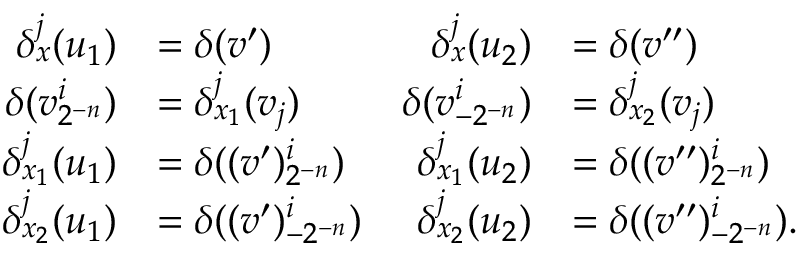
\begin{array} { r l r l } { \delta _ { x } ^ { j } ( u _ { 1 } ) } & { = \delta ( v ^ { \prime } ) } & { \delta _ { x } ^ { j } ( u _ { 2 } ) } & { = \delta ( v ^ { \prime \prime } ) } \\ { \delta ( v _ { 2 ^ { - n } } ^ { i } ) } & { = \delta _ { x _ { 1 } } ^ { j } ( v _ { j } ) } & { \delta ( v _ { - 2 ^ { - n } } ^ { i } ) } & { = \delta _ { x _ { 2 } } ^ { j } ( v _ { j } ) } \\ { \delta _ { x _ { 1 } } ^ { j } ( u _ { 1 } ) } & { = \delta ( ( v ^ { \prime } ) _ { 2 ^ { - n } } ^ { i } ) } & { \delta _ { x _ { 1 } } ^ { j } ( u _ { 2 } ) } & { = \delta ( ( v ^ { \prime \prime } ) _ { 2 ^ { - n } } ^ { i } ) } \\ { \delta _ { x _ { 2 } } ^ { j } ( u _ { 1 } ) } & { = \delta ( ( v ^ { \prime } ) _ { - 2 ^ { - n } } ^ { i } ) } & { \delta _ { x _ { 2 } } ^ { j } ( u _ { 2 } ) } & { = \delta ( ( v ^ { \prime \prime } ) _ { - 2 ^ { - n } } ^ { i } ) \mathrm { . } } \end{array}